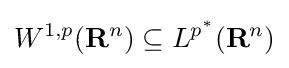
W^{1,p}(\mathbf {R} ^{n})\subseteq L^{p^{*}}(\mathbf {R} ^{n})